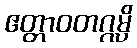
ဧတ္တာဝတဂ္ဂမ္ပိ